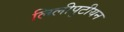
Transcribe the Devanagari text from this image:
लिलीपुटीयन